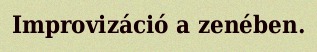
Improvizáció a zenében.